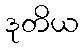
ဒုတိယ